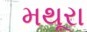
મથૂરા